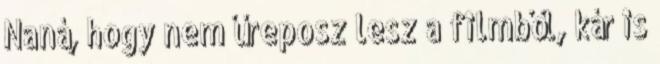
Naná, hogy nem űreposz lesz a filmből, kár is